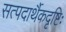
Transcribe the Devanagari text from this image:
सत्पदार्थैकदृष्टिः